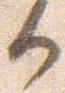
か